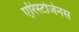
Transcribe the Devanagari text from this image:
एरिस्टोजेनस